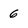
Character: 6